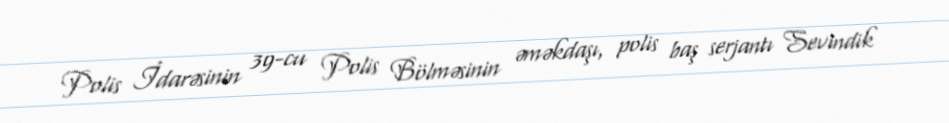
Polis İdarəsinin 39-cu Polis Bölməsinin əməkdaşı, polis baş serjantı Sevindik